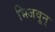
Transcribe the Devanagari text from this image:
भिजवून्